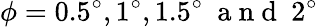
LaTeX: \phi=0.5^{\circ},1^{\circ},1.5^{\circ}~\mathrm{~a~n~d~}~2^{\circ}